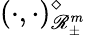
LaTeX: (\cdot,\cdot)_{\mathscr{R}_{\pm}^{m}}^{\diamond}